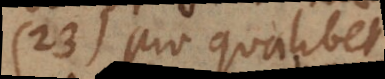
23) Pro qualibet